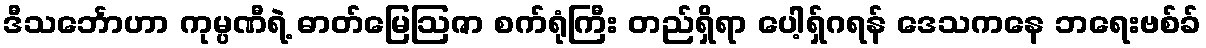
ဒီသင်္ဘောဟာ ကုမ္ပဏီရဲ့ ဓာတ်မြေဩဇာ စက်ရုံကြီး တည်ရှိရာ ပေါ့ရှ်ဂရန် ဒေသကနေ ဘရေးဗစ်ခ်